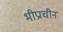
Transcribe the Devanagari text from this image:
भीप्राचीन